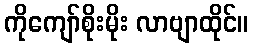
ကိုကျော်စိုးမိုး လာဗျာထိုင်။